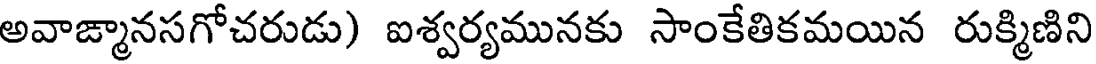
అవాఙ్మానసగోచరుడు) ఐశ్వర్యమునకు సాంకేతికమయిన రుక్మిణిని